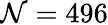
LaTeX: \mathcal{N}=496